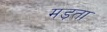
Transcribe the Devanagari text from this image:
मड़ता